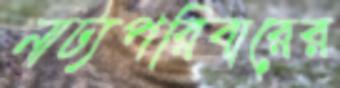
নাট্যপরিবারের